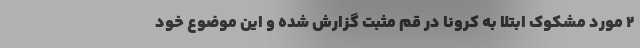
۲ مورد مشکوک ابتلا به کرونا در قم مثبت گزارش شده و این موضوع خود